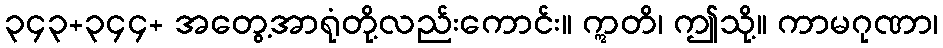
၃၄၃+၃၄၄+ အတွေ့အာရုံတို့လည်းကောင်း။ ဣတိ၊ ဤသို့။ ကာမဂုဏာ၊